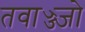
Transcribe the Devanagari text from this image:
तवाज्ज्जो